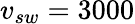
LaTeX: v_{sw}=3000